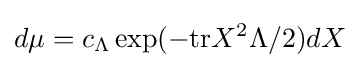
d\mu =c_{\Lambda }\exp(-{\text{tr}}X^{2}\Lambda /2)dX